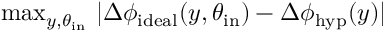
\mathrm { m a x } _ { y , \theta _ { \mathrm { i n } } } \ | \Delta \phi _ { \mathrm { i d e a l } } ( y , \theta _ { \mathrm { i n } } ) - \Delta \phi _ { \mathrm { h y p } } ( y ) |